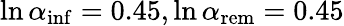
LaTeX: \ln{\alpha_{\mathrm{inf}}}=0.45,\ln{\alpha_{\mathrm{rem}}}=0.45